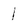
Character: 1